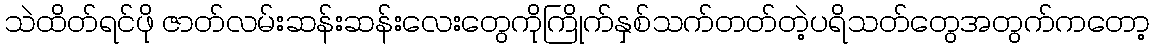
သဲထိတ်ရင်ဖို ဇာတ်လမ်းဆန်းဆန်းလေးတွေကိုကြိုက်နှစ်သက်တတ်တဲ့ပရိသတ်တွေအတွက်ကတော့